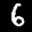
Label: 6